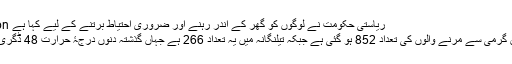
Image caption ریاستی حکومت نے لوگوں کو گھر کے اندر رہنے اور ضروری احتیاط برتنے کے لیے کہا ہے
آندھرا پردیش میں گرمی سے مرنے والوں کی تعداد 852 ہو گئی ہے جبکہ تیلنگانہ میں یہ تعداد 266 ہے جہاں گذشتہ دنوں درجۂ حرارت 48 ڈگری تک پہنچ گیا تھا۔